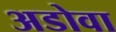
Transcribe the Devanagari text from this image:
अडोवा